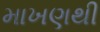
માખણથી